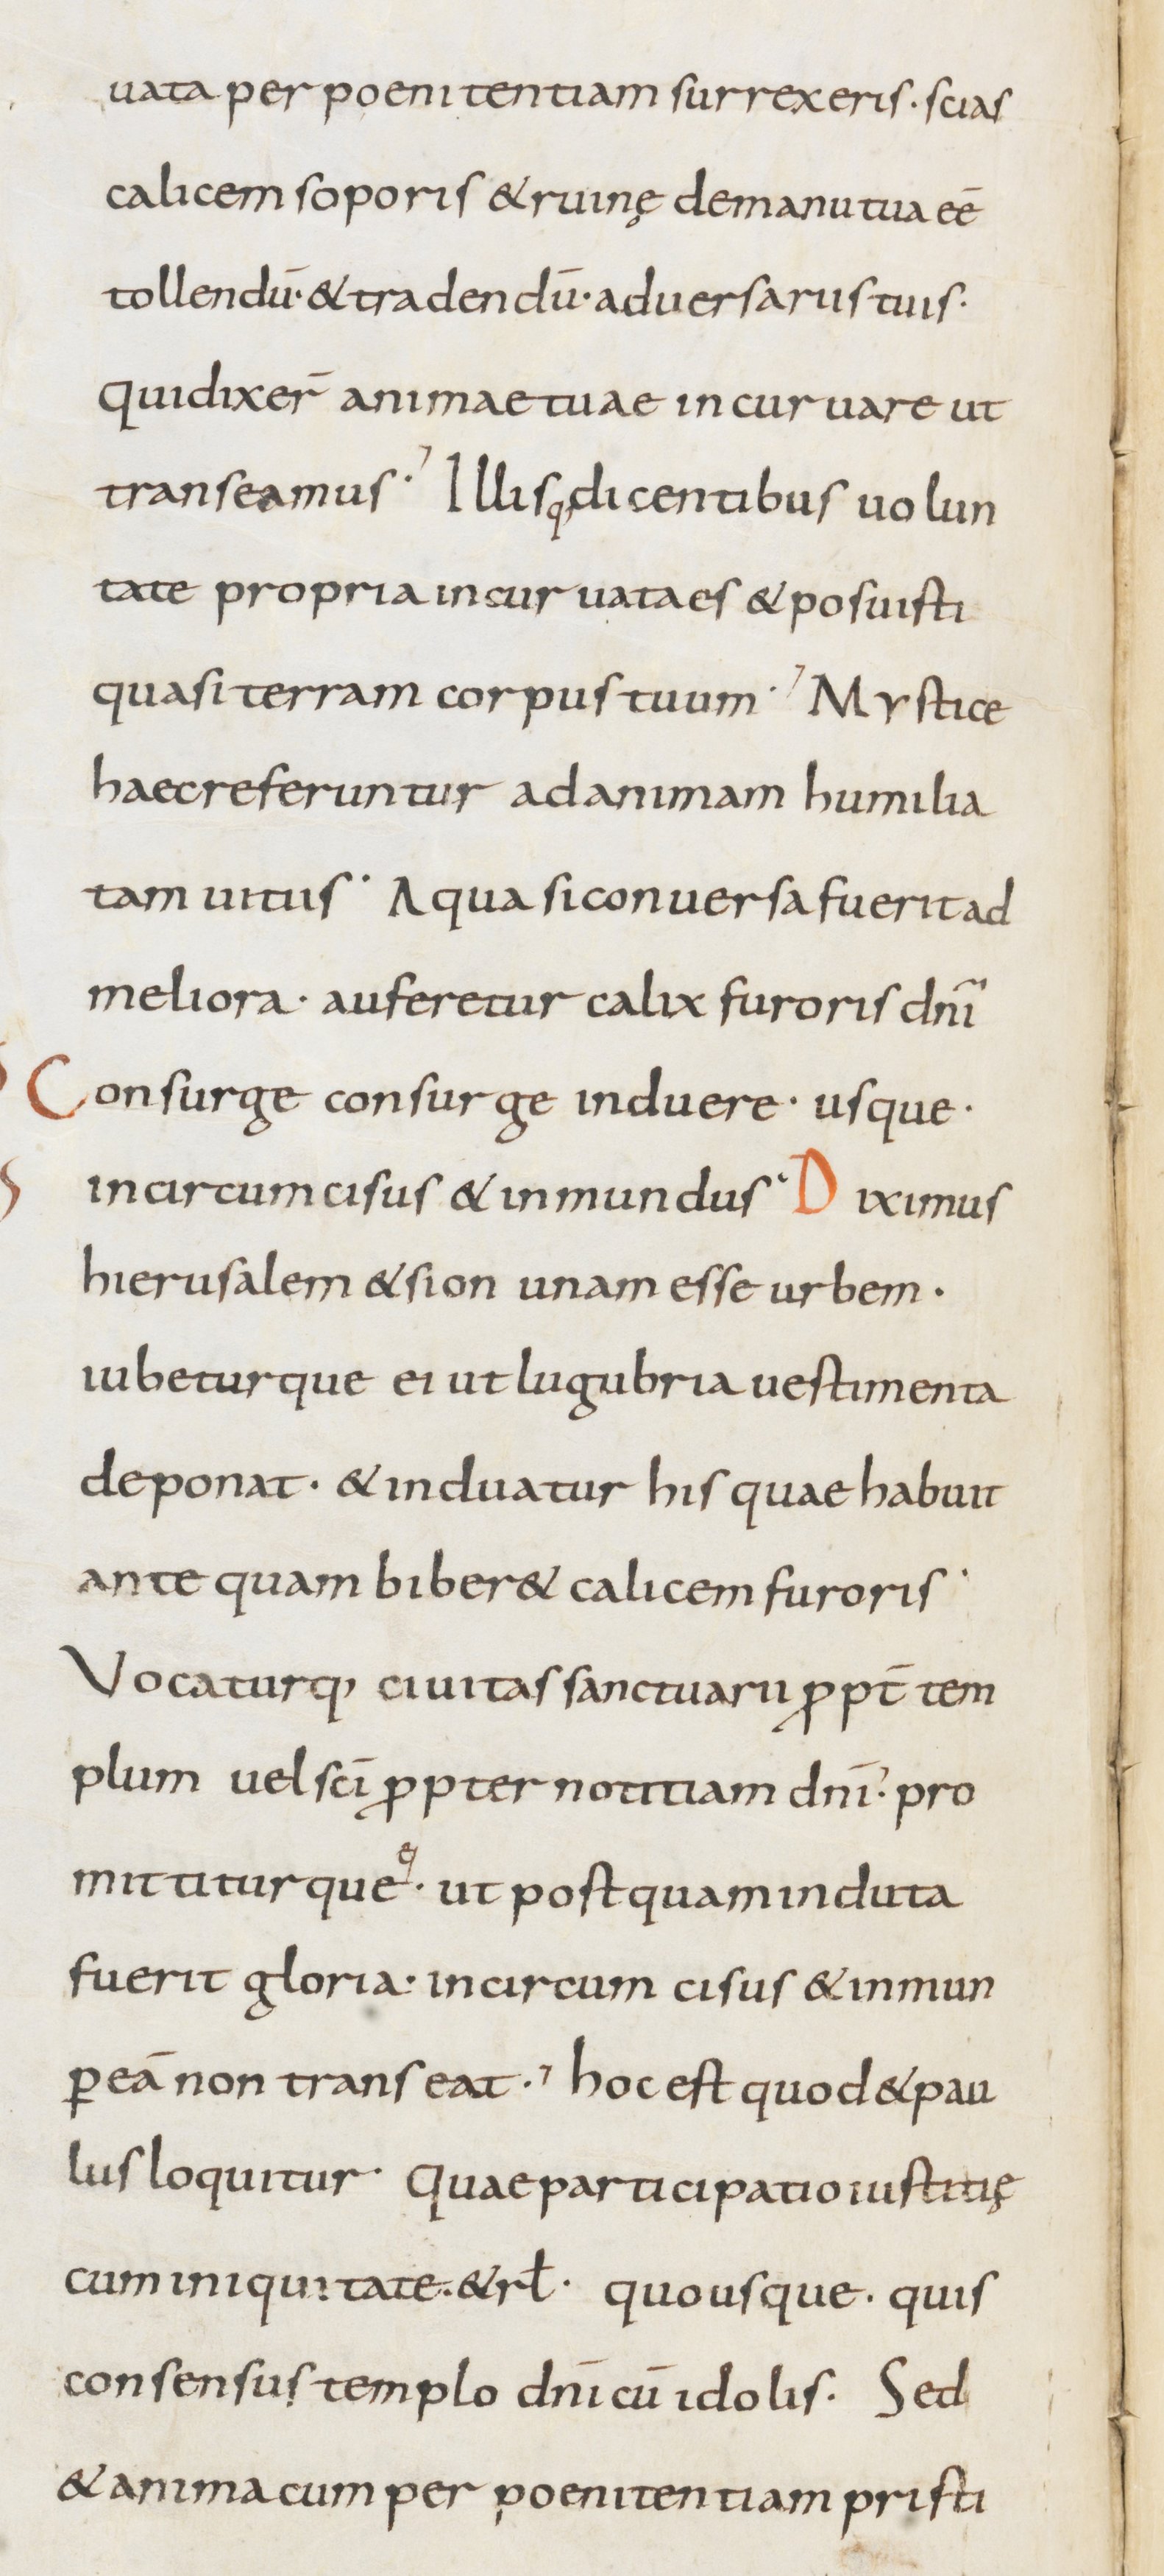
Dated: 800–899